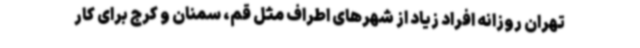
تهران روزانه افراد زیاد از شهرهای اطراف مثل قم، سمنان و کرج برای کار